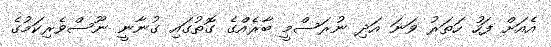
އެއަށް ފަހު ހަތަރު ވަނަ އަދި ނުރަސްމީ ބާރެއްގެ ގޮތުގައި ގުނާނީ ނޫސްވެރިކަމުގެ